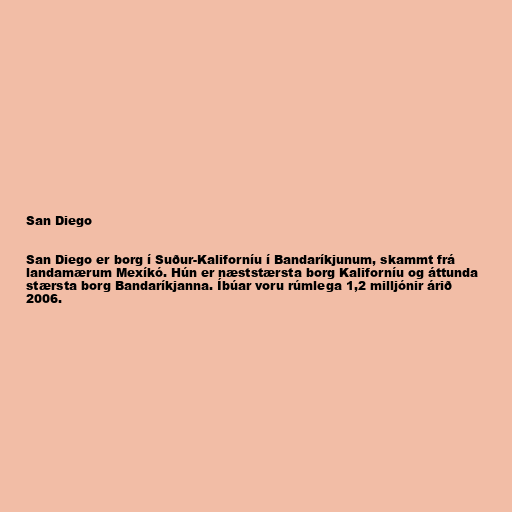
San Diego

San Diego er borg í Suður-Kaliforníu í Bandaríkjunum, skammt frá
landamærum Mexíkó. Hún er næststærsta borg Kaliforníu og áttunda
stærsta borg Bandaríkjanna. Íbúar voru rúmlega 1,2 milljónir árið
2006.